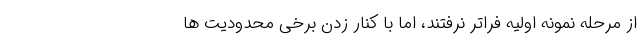
از مرحله نمونه اولیه فراتر نرفتند، اما با کنار زدن برخی محدودیت ها